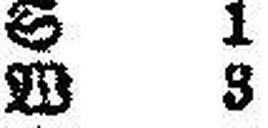
W 3